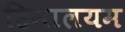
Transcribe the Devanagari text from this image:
हिमालयम